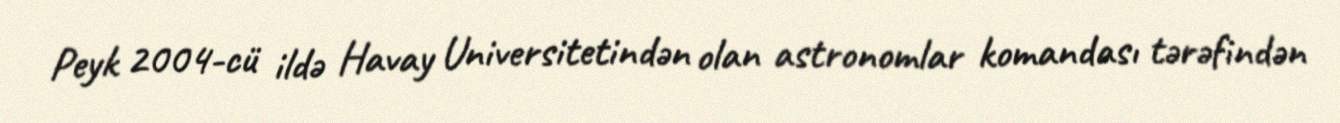
Peyk 2004-cü ildə Havay Universitetindən olan astronomlar komandası tərəfindən